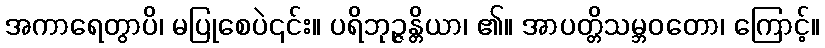
အကာရေတွာပိ၊ မပြုစေပဲ၎င်း။ ပရိဘုဉ္ဇန္တိယာ၊ ၏။ အာပတ္တိသမ္ဘဝတော၊ ကြောင့်။